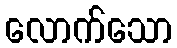
လောက်သော